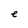
Character: e